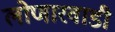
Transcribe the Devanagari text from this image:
लोणारवाडी